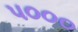
પ૦૦૦